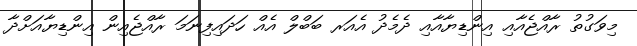
މިވަގުތު ރާއްޖެއާއި އިންޑިޔާއާއި ދެމެދު އެއަރ ބަބްލް އެއް ހަދައިފިނަމަ ރާއްޖެއިން އިންޑިޔާއަށްދާ